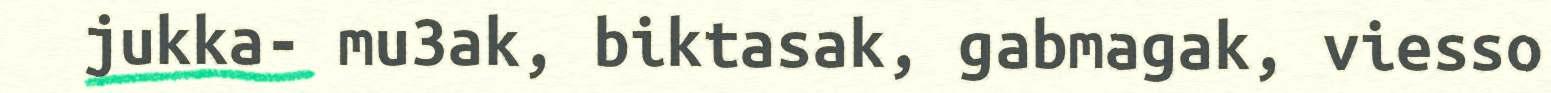
jukka- mu3ak, biktasak, gabmagak, viesso